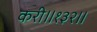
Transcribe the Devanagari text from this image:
करी॥१३२॥